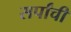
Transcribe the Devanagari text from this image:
सर्पांची